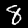
Label: 8